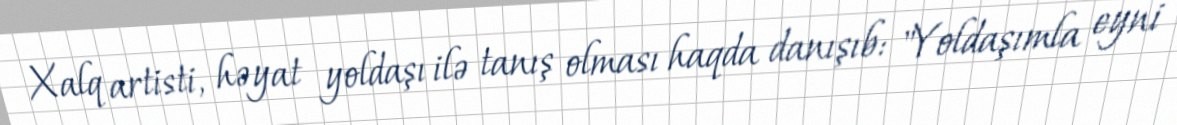
Xalq artisti, həyat yoldaşı ilə tanış olması haqda danışıb: "Yoldaşımla eyni